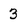
Character: 3